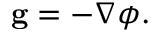
\mathbf { g } = - \nabla \phi .